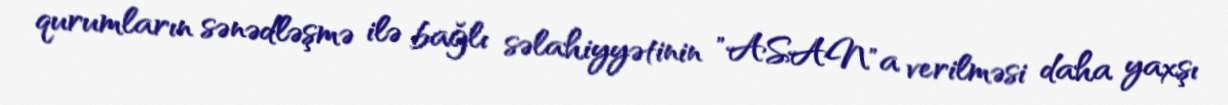
qurumların sənədləşmə ilə bağlı səlahiyyətinin "ASAN"a verilməsi daha yaxşı